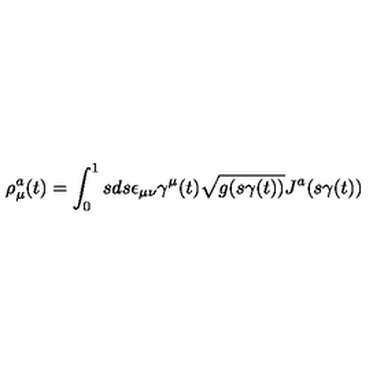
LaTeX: \rho _ { \mu } ^ { a } ( t ) = \int _ { 0 } ^ { 1 } s d s \epsilon _ { \mu \nu } \gamma ^ { \mu } ( t ) \sqrt { g ( s \gamma ( t ) ) } J ^ { a } ( s \gamma ( t ) )